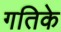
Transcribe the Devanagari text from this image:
गतिके